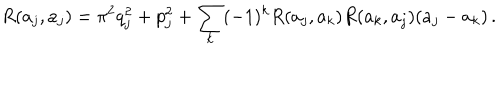
R ( a _ { j } , a _ { j } ) = \pi ^ { 2 } q _ { j } ^ { 2 } + p _ { j } ^ { 2 } + \sum _ { k } ( - 1 ) ^ { k } R ( a _ { j } , a _ { k } ) R ( a _ { k } , a _ { j } ) ( a _ { j } - a _ { k } ) \, .